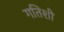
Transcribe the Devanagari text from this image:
गतिशी